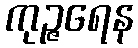
ကုဉ္ဇရေန